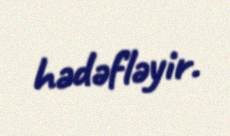
hədəfləyir.